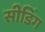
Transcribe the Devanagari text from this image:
सीडिंग